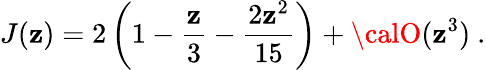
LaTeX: J(\mathbf{z})=2\left(1-\frac{{\mathbf{z}}}{{3}}-\frac{{2\mathbf{z}^{2}}}{{15}}\right)+{\calO}(\mathbf{z}^{3})\ .